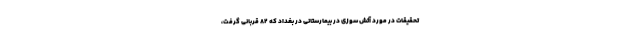
تحقیقات در مورد آتش سوزی در بیمارستانی در بغداد که ۸۲ قربانی گرفت،